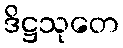
ဒိဋ္ဌသုတေ